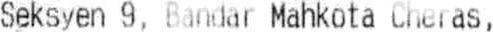
SEKSYEN 9, BANDAR MAHKOTA CHERAS,